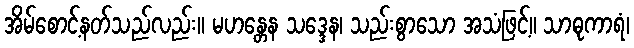
အိမ်စောင့်နတ်သည်လည်း။ မဟန္တေန သဒ္ဒေန၊ သည်းစွာသော အသံဖြင့်။ သာဓုကာရံ၊